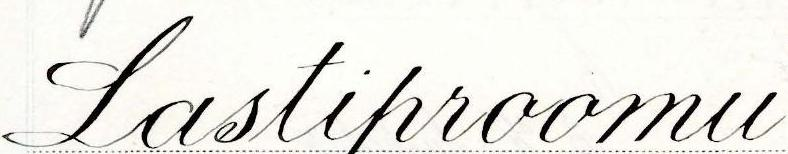
Lastiproomu